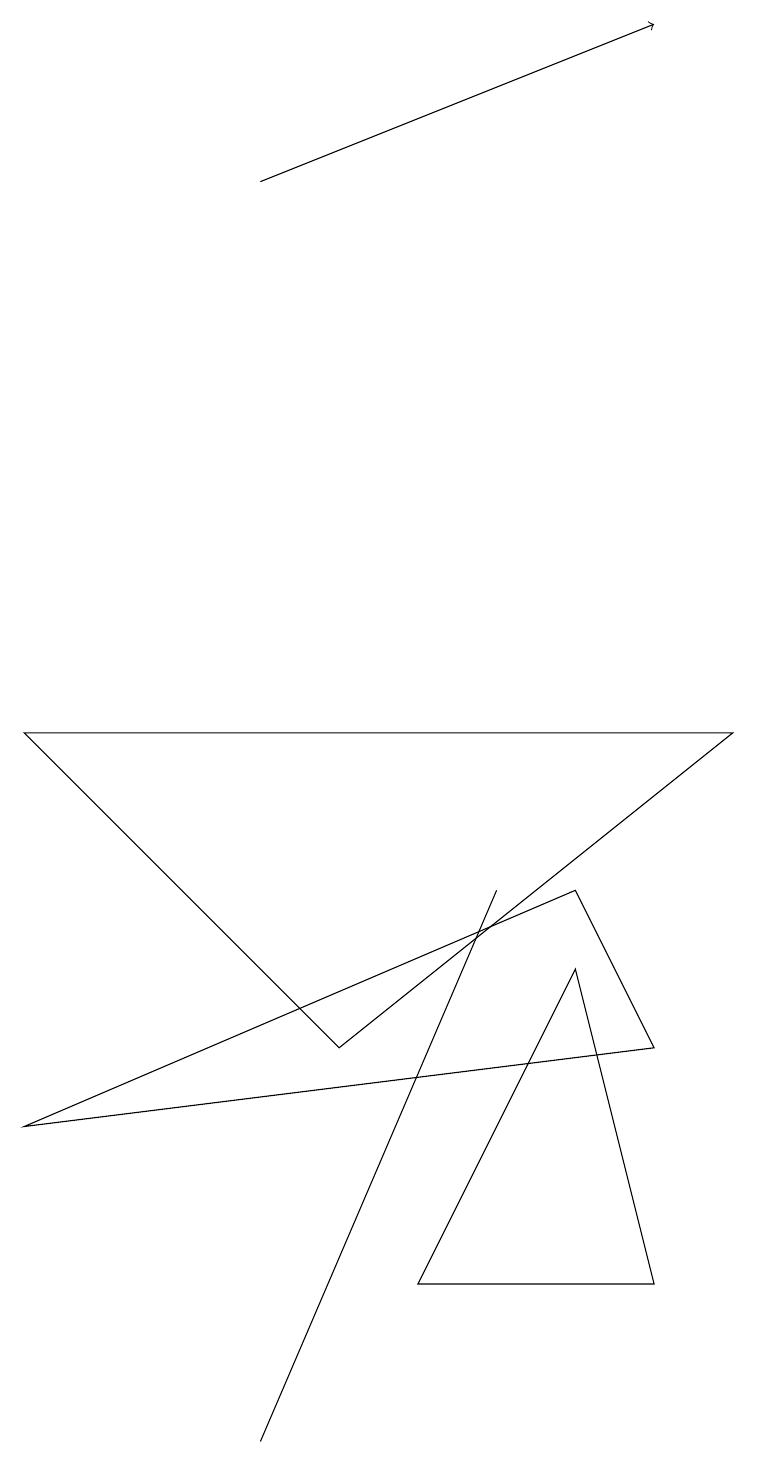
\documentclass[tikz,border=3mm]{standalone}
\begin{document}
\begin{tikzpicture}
\draw (9,9) -- (4,5) -- (0,9) -- cycle;
\draw[->] (3,16) -- (8,18);
\draw (5,2) -- (8,2) -- (7,6) -- cycle;
\draw (2,18) rectangle (2,18);
\draw (6,7) -- (3,0) -- (6,7) -- cycle;
\draw (0,4) -- (8,5) -- (7,7) -- cycle;
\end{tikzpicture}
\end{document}